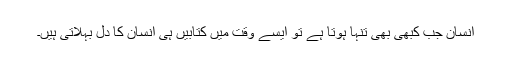
انسان جب کبھی بھی تنہا ہوتا ہے تو ایسے وقت میں کتابیں ہی انسان کا دل بہلاتی ہیں۔